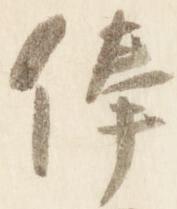
俸